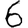
Digit: 6